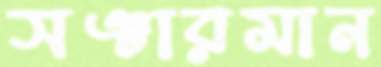
সঞ্চারমান